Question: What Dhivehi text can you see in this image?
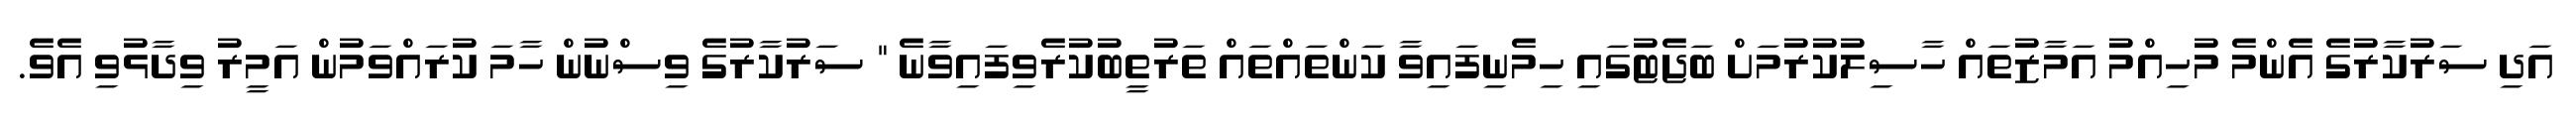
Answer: އަދި ސަރުކާރުގެ އެންމެ މުހިއްމު އަމާޒުތައް ހާސިލުކުރުމަށް ބަޖެޓުގައި ހިމެނިފައިވާ ކަންތައްތައް ތަރުތީބުކުރެވިފައިވާނެ " ސަރުކާރުގެ ވިސްނުން ހާމަ ކުރައްވަމުން އަމީރު ވިދާޅުވި އެވެ.